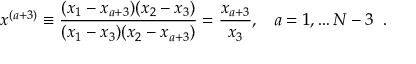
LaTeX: x ^ { ( a + 3 ) } \equiv \frac { ( x _ { 1 } - x _ { a + 3 } ) ( x _ { 2 } - x _ { 3 } ) } { ( x _ { 1 } - x _ { 3 } ) ( x _ { 2 } - x _ { a + 3 } ) } = \frac { x _ { a + 3 } } { x _ { 3 } } , \; \; \; a = 1 , \ldots N - 3 \; \; .